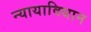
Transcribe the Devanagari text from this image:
न्यायाविधान